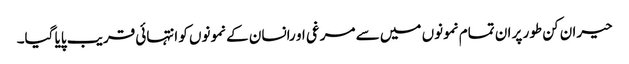
حیران کن طور پر ان تمام نمونوں میں سے مرغی او رانسان کے نمونوں کو انتہائی قریب پایا گیا۔